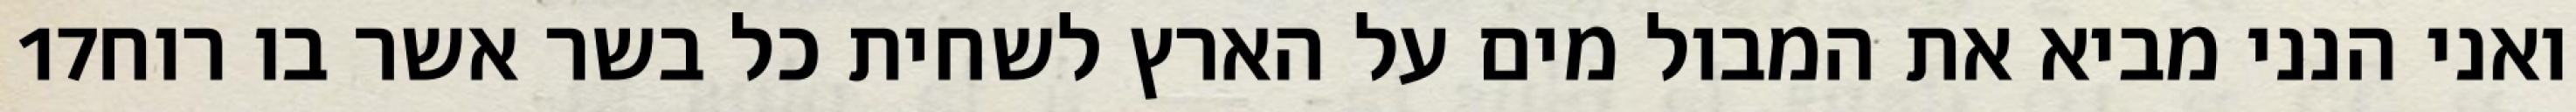
‎17‏ ואני הנני מביא את המבול מים על הארץ לשחית כל בשר אשר בו רוח